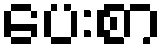
ပေးစာ